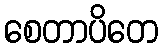
စေတာပိတေ